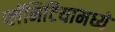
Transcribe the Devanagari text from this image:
प्लॅनिटियामध्ये